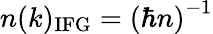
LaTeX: n(k)_{\mathrm{IFG}}=\left(\hbar n\right)^{-1}